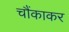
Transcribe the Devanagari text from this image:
चौंकाकर